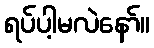
ရပ်ပါ့မလဲနော်။